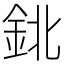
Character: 鉳